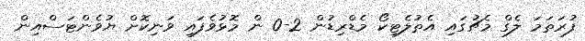
ފުރަތަމަ ލެގް މެޗުގައި އެތުލެޓިކޯ މެޑްރިޑުން 2-0 ން މޮޅުވެފައި ވަނިކޮށް ޔުވެންޓަސްއިން